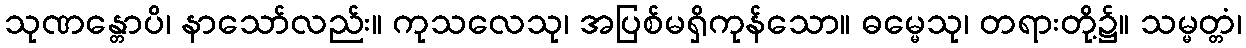
သုဏန္တောပိ၊ နာသော်လည်း။ ကုသလေသု၊ အပြစ်မရှိကုန်သော။ ဓမ္မေသု၊ တရားတို့၌။ သမ္မတ္တံ၊